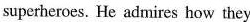
superheroes. He admires how they